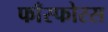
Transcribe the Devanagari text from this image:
फाँस्फोरस